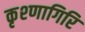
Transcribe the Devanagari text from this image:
कृश्णागिरि